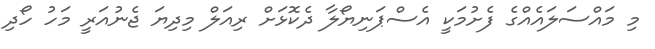
މި މައްސަލައެއްގެ ފެށުމަކީ އެސްޕަނިޔޯލާ ދެކޮޅަށް ރިއަލް މިދިޔަ ޖެނުއަރީ މަހު ހޯދި